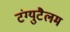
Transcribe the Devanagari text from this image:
टंग्युटैलम